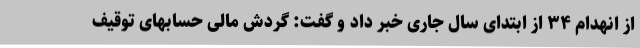
از انهدام ۳۴ از ابتدای سال جاری خبر داد و گفت: گردش مالی حسابهای توقیف